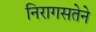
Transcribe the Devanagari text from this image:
निरागसतेने